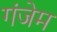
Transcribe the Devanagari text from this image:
गंजेम